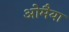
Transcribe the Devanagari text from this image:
ओमैया